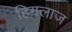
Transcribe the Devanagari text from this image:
हिगलाज